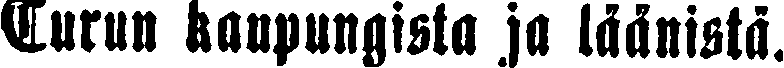
Turun kaupungista ja läänistä.